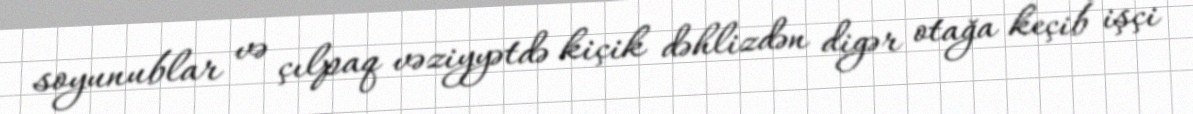
soyunublar və çılpaq vəziyyətdə kiçik dəhlizdən digər otağa keçib işçi